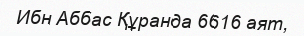
Ибн Аббас Құранда 6616 аят,